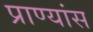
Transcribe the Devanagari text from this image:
प्राण्यांस